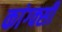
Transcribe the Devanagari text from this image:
कांग्क्सी